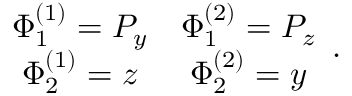
\begin{array} { c c } { { \Phi _ { 1 } ^ { ( 1 ) } = P _ { y } } } & { { \Phi _ { 1 } ^ { ( 2 ) } = P _ { z } } } \\ { { \Phi _ { 2 } ^ { ( 1 ) } = z } } & { { \Phi _ { 2 } ^ { ( 2 ) } = y } } \end{array} .